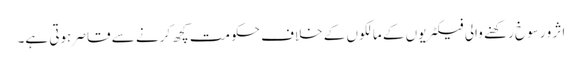
اثر و رسوخ رکھنے والی فیکٹریوں کے مالکوں کے خلاف حکومت کچھ کرنے سے قاصر ہوتی ہے۔